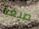
صيغة